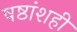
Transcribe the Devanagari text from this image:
षष्ठांशही